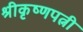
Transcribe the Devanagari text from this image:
श्रीकृष्णपत्नी